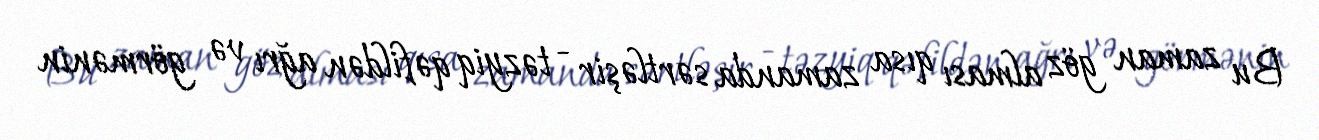
Bu zaman göz alması qısa zamanda sərtləşir - təzyiq qəfildən ağrı və görmənin